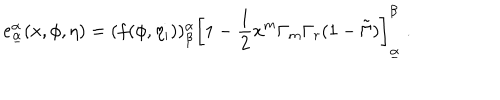
e _ { \underline { { { \alpha } } } } ^ { \alpha } ( x , \phi , \eta ) = ( f ( \phi , \eta _ { i } ) ) _ { \beta } ^ { \alpha } \left[ 1 - { \frac { 1 } { 2 } } x ^ { m } \Gamma _ { m } \Gamma _ { r } ( 1 - \tilde { \Gamma } ) \right] _ { \underline { { { \alpha } } } } ^ { \beta } \ .